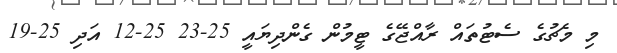
މި މެޗުގެ ސެޓުތައް ރާއްޖޭގެ ޓީމުން ގެންދިޔައީ 25-23 25-12 އަދި 25-19